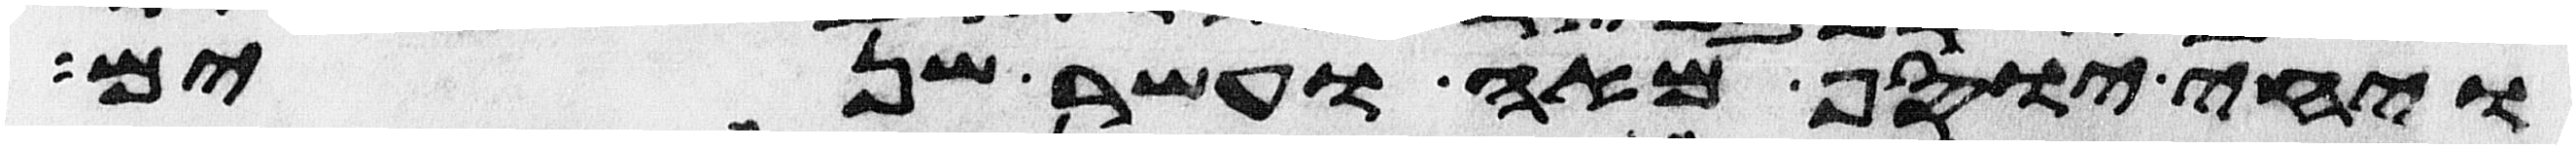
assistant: ויחי יוסף מאה ועשר שנים